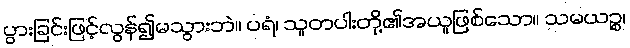
ပွားခြင်းဖြင့်လွန်၍မသွားဘဲ။ ပရံ၊ သူတပါးတို့၏အယူဖြစ်သော။ သမယဉ္စ၊